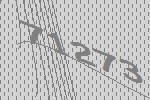
71273